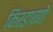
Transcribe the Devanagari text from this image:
किरडावणे